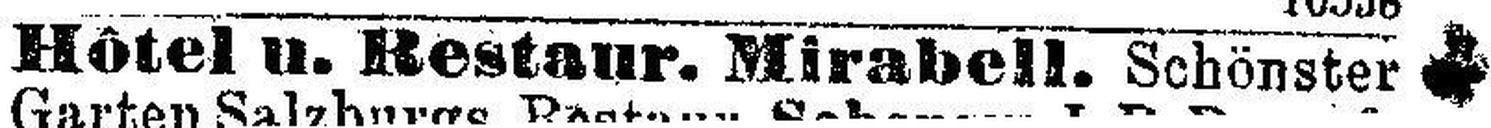
Hôtel u. Restaur. Mirabell. Schönster